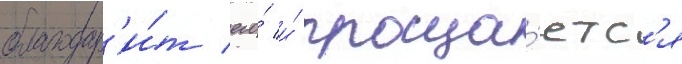
благодар'и́т его́ и́ проща́етс'я